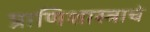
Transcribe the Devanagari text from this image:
प्राणिशास्त्राचे